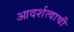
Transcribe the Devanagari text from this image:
आदर्शत्वाची